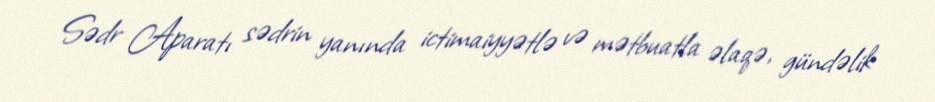
Sədr Aparatı sədrin yanında ictimaiyyətlə və mətbuatla əlaqə, gündəlik